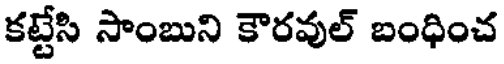
కట్టేసి సాంబుని కౌరవుల్ బంధించ